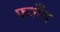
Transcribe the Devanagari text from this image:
फलँग